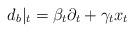
LaTeX: \begin{align*}d_b|_t=\beta_t \partial_t+\gamma_t x_t\end{align*}